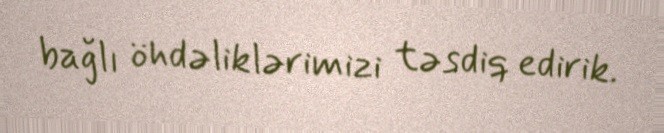
bağlı öhdəliklərimizi təsdiq edirik.